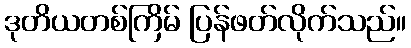
ဒုတိယတစ်ကြိမ် ပြန်ဖတ်လိုက်သည်။